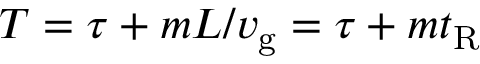
T = \tau + m L / v _ { \mathrm { g } } = \tau + m t _ { \mathrm { R } }